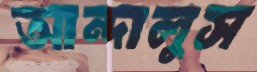
আন্দালুস